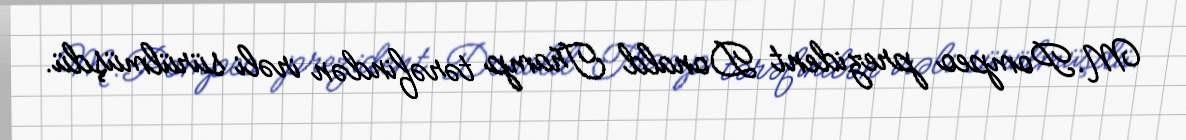
M.Pompeo prezident Donald Tramp tərəfindən irəli sürülmüşdü.